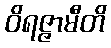
ဝိရဇ္ဇာမီတိ